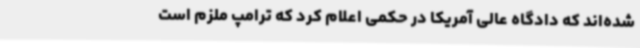
شده‌اند که دادگاه عالی آمریکا در حکمی اعلام کرد که ترامپ ملزم است